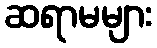
ဆရာမများ